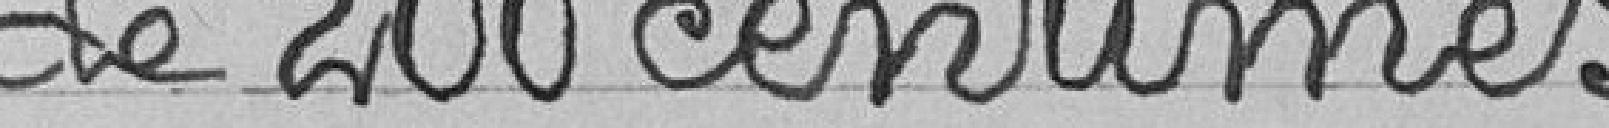
de 200 centimes